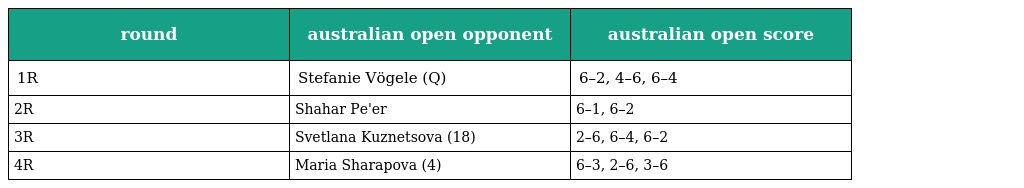
| round | australian open opponent | australian open score |
 | --- | --- | --- |
 | 1R | Stefanie Vögele (Q) | 6–2, 4–6, 6–4 |
 | 2R | Shahar Pe'er | 6–1, 6–2 |
 | 3R | Svetlana Kuznetsova (18) | 2–6, 6–4, 6–2 |
 | 4R | Maria Sharapova (4) | 6–3, 2–6, 3–6 |